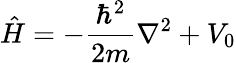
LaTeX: {\hat{H}}=-{\frac{\hbar^{2}}{2m}}\nabla^{2}+V_{0}